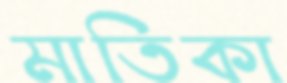
মাতিকা